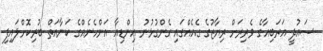
ސައުދީ އަރަބިއާގެ ވެރިރަށް ރިޔާޒުގެ ގެއެއްގައި ގެންގުޅުނު އިންޑިއާ އަންހެނެއްގެ ކަނާއަތް ބުރިކޮށްލައިފި